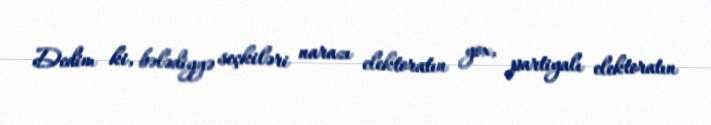
Dedim ki, bələdiyyə seçkiləri narazı elektoratın yox, partiyalı elektoratın